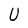
Character: U